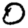
Digit: 0